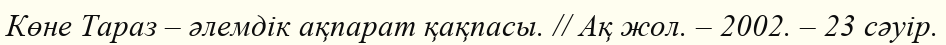
Көне Тараз – әлемдік ақпарат қақпасы. // Ақ жол. – 2002. – 23 сәуір.